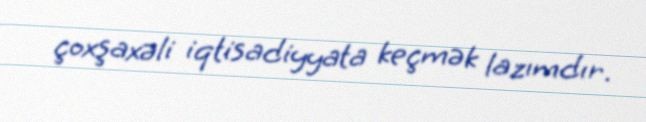
çoxşaxəli iqtisadiyyata keçmək lazımdır.